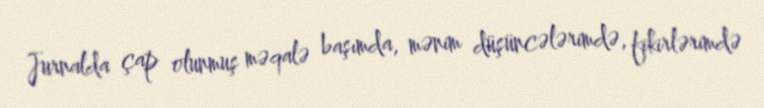
Jurnalda çap olunmuş məqalə başımda, mənim düşüncələrimdə, fikirlərimdə